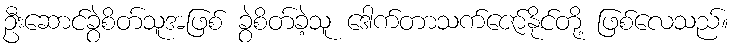
ဦးဆောင်ခွဲစိတ်သူအဖြစ် ခွဲစိတ်ခဲ့သူ ဒေါက်တာသက်ဇော်နိုင်တို့ ဖြစ်လေသည်။